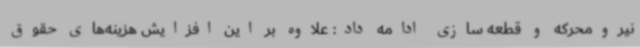
نیرومحرکه و قطعه سازی ادامه داد: علاوه بر این افزایش هزینه‌های حقوق